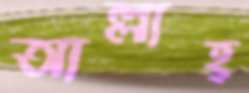
আল্লাহ্‌